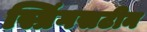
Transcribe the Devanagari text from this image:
स्प्रिंगसटीन